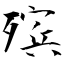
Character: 殡